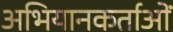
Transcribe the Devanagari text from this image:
अभियानकर्ताओं